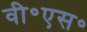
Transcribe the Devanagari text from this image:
वी॰एस॰